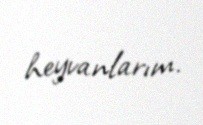
heyvanlarım.